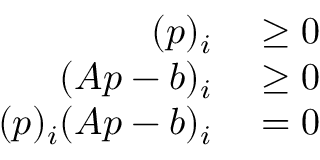
\begin{array} { r l } { ( { \boldsymbol { p } } ) _ { i } } & { { } \geq 0 } \\ { ( { \boldsymbol { A } } { \boldsymbol { p } } - { \boldsymbol { b } } ) _ { i } } & { { } \geq 0 } \\ { ( { \boldsymbol { p } } ) _ { i } ( { \boldsymbol { A } } { \boldsymbol { p } } - { \boldsymbol { b } } ) _ { i } } & { { } = 0 } \end{array}